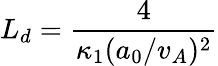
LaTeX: L_{d}=\frac{4}{\kappa_{1}(a_{0}/v_{A})^{2}}